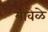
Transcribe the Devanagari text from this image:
यावेळे